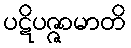
ပဋိပဇ္ဇာမာတိ